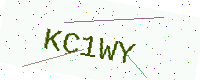
Text: KC1WY